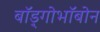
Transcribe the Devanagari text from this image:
बाॅड़्गोभाॅबोन